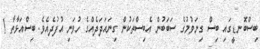
ބިސްބޮނޑީގައި ބިސް ގިނަވުމުގެ ސަބަބުން އެބިސްތަކުން ގިނައަދަދެއްގެ ހުވަނި އުފުދެއެވެ. ބިސްއަޅާތާ 1